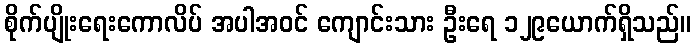
စိုက်ပျိုးရေးကောလိပ် အပါအဝင် ကျောင်းသား ဦးရေ ၁၂၉ယောက်ရှိသည်။